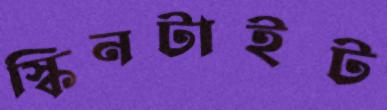
স্কিনটাইট